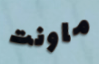
ماونت